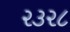
૨૩૨૮